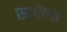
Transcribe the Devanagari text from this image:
समोवश